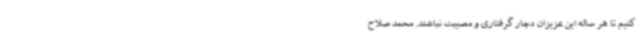
کنیم تا هر ساله این عزیزان دچار گرفتاری و مصیبت نباشند. محمد صلاح